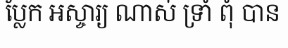
ប្លែក អស្ចារ្យ ណាស់ ទ្រាំ ពុំ បាន